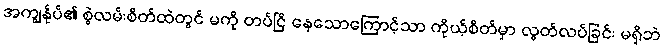
အကျွန်ုပ်၏ စွဲလမ်းစိတ်ထဲတွင် မကို တပ်ငြိ နေသောကြောင့်သာ ကိုယ့်စိတ်မှာ လွတ်လပ်ခြင်း မရှိဘဲ